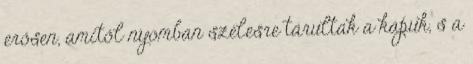
erősen, amitől nyomban szélesre tárultak a kapuk, s a